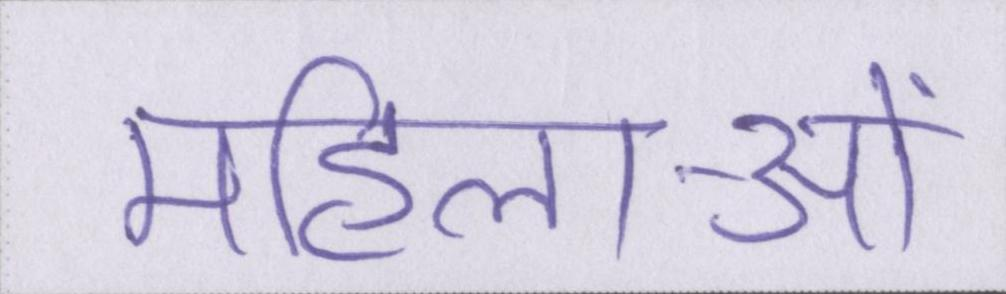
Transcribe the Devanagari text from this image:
महिलाओं